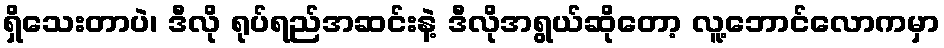
ရှိသေးတာပဲ၊ ဒီလို ရုပ်ရည်အဆင်းနဲ့ ဒီလိုအရွယ်ဆိုတော့ လူ့ဘောင်လောကမှာ